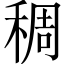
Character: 稠